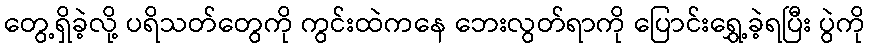
တွေ့ရှိခဲ့လို့ ပရိသတ်တွေကို ကွင်းထဲကနေ ဘေးလွတ်ရာကို ပြောင်းရွှေ့ခဲ့ရပြီး ပွဲကို